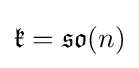
{\mathfrak {k}}={\mathfrak {so}}(n)